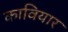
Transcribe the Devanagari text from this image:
कावियार